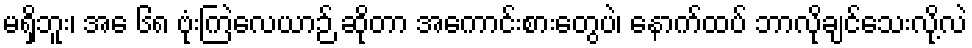
မရှိဘူး၊ အေ ၆၈ ဗုံးကြဲလေယာဉ် ဆိုတာ အကောင်းစားတွေပဲ၊ နောက်ထပ် ဘာလိုချင်သေးလို့လဲ